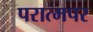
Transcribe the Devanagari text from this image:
परात्मपर